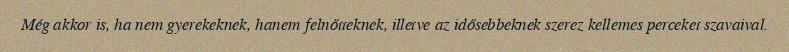
Még akkor is, ha nem gyerekeknek, hanem felnőtteknek, illetve az idősebbeknek szerez kellemes perceket szavaival.